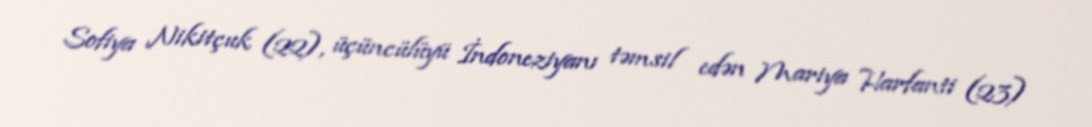
Sofiya Nikitçuk (22), üçüncülüyü İndoneziyanı təmsil edən Mariya Harfanti (23)